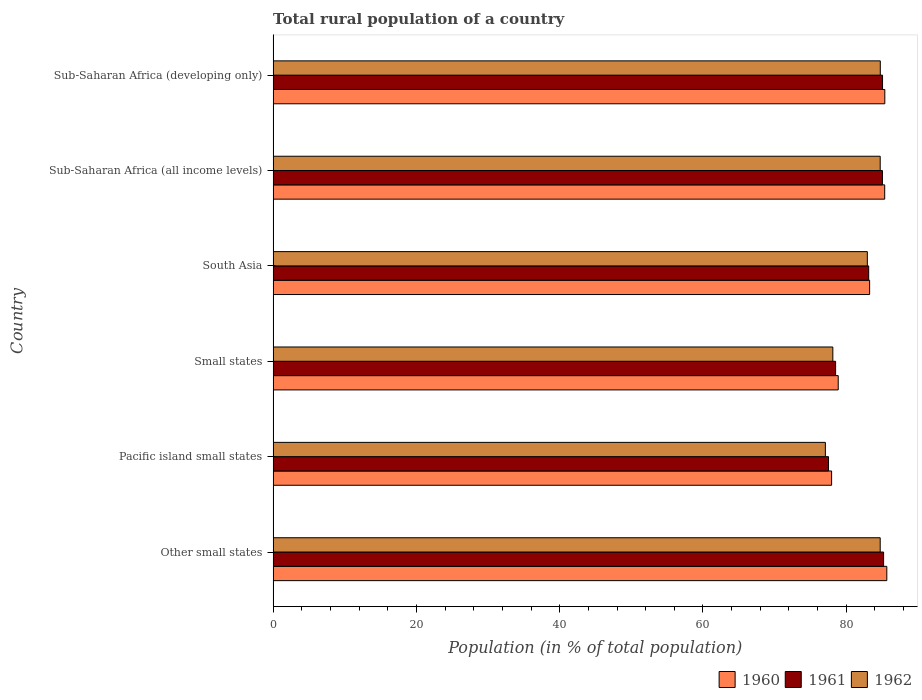
| Country | 1960 | 1961 | 1962 |
 | --- | --- | --- | --- |
 | Other small states | 85.7 | 85.2 | 84.7 |
 | Pacific island small states | 78 | 77.5 | 77.1 |
 | Small states | 78.9 | 78.5 | 78.1 |
 | South Asia | 83.3 | 83.1 | 82.9 |
 | Sub-Saharan Africa (all income levels) | 85.4 | 85.1 | 84.7 |
 | Sub-Saharan Africa (developing only) | 85.4 | 85.1 | 84.8 |